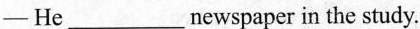
—He___newspaperin the study.